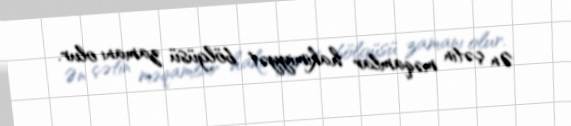
Ən çətin məqamlar hakimiyyət bölgüsü zamanı olur.